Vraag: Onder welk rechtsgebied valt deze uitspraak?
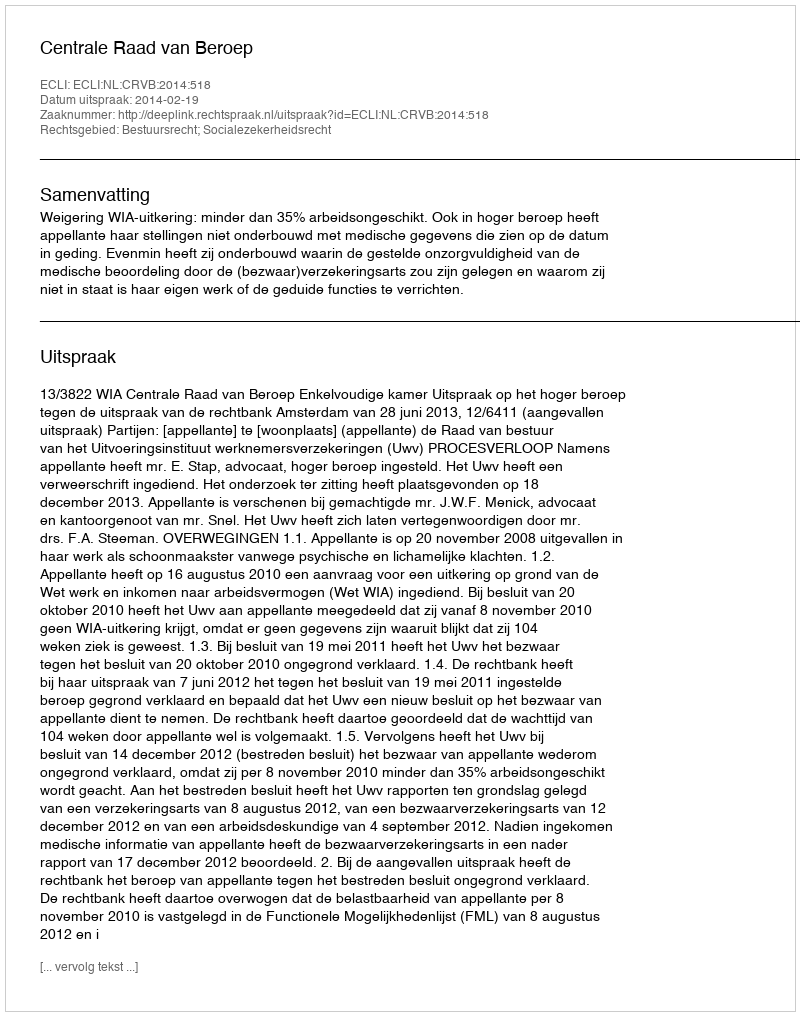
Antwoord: Bestuursrecht; Socialezekerheidsrecht